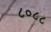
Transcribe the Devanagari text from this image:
८०८८